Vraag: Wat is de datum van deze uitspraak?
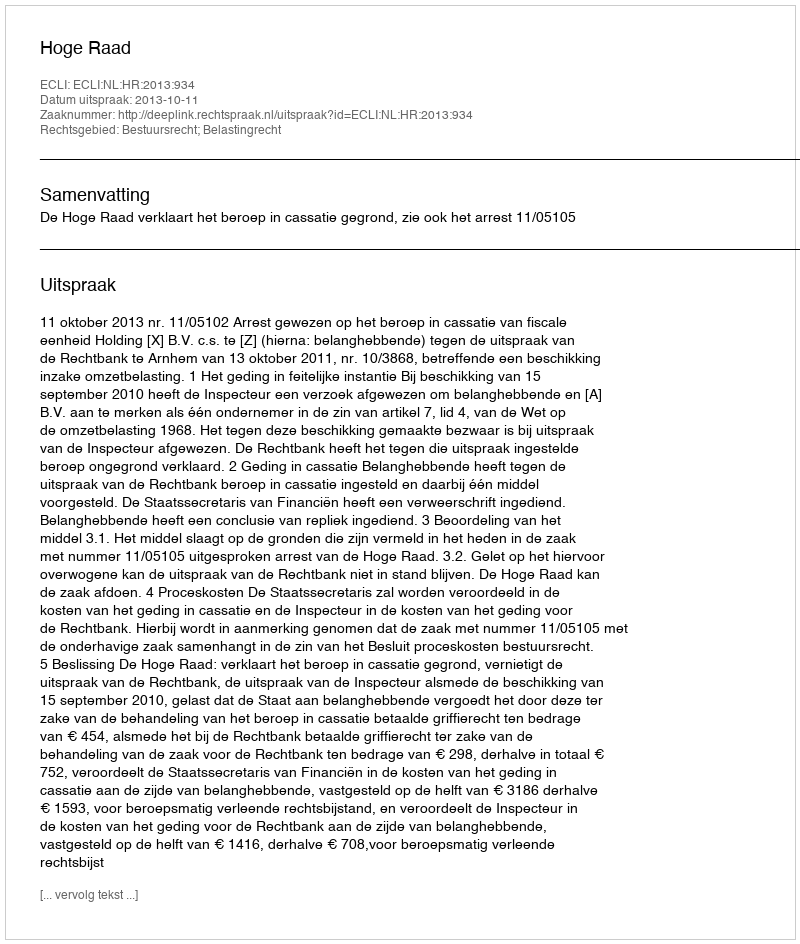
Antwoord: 2013-10-11